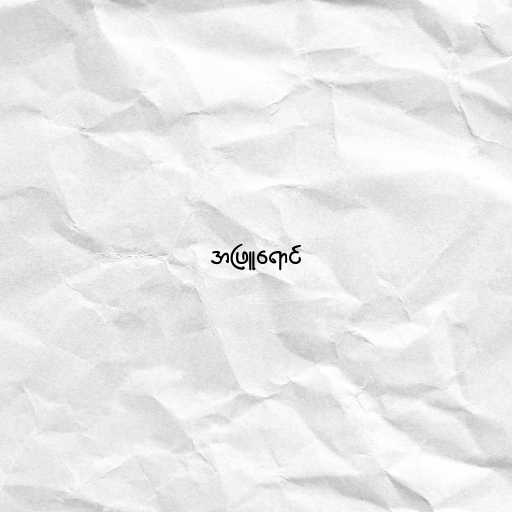
အဖြူရောင်